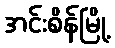
အင်းစိန်မြို့